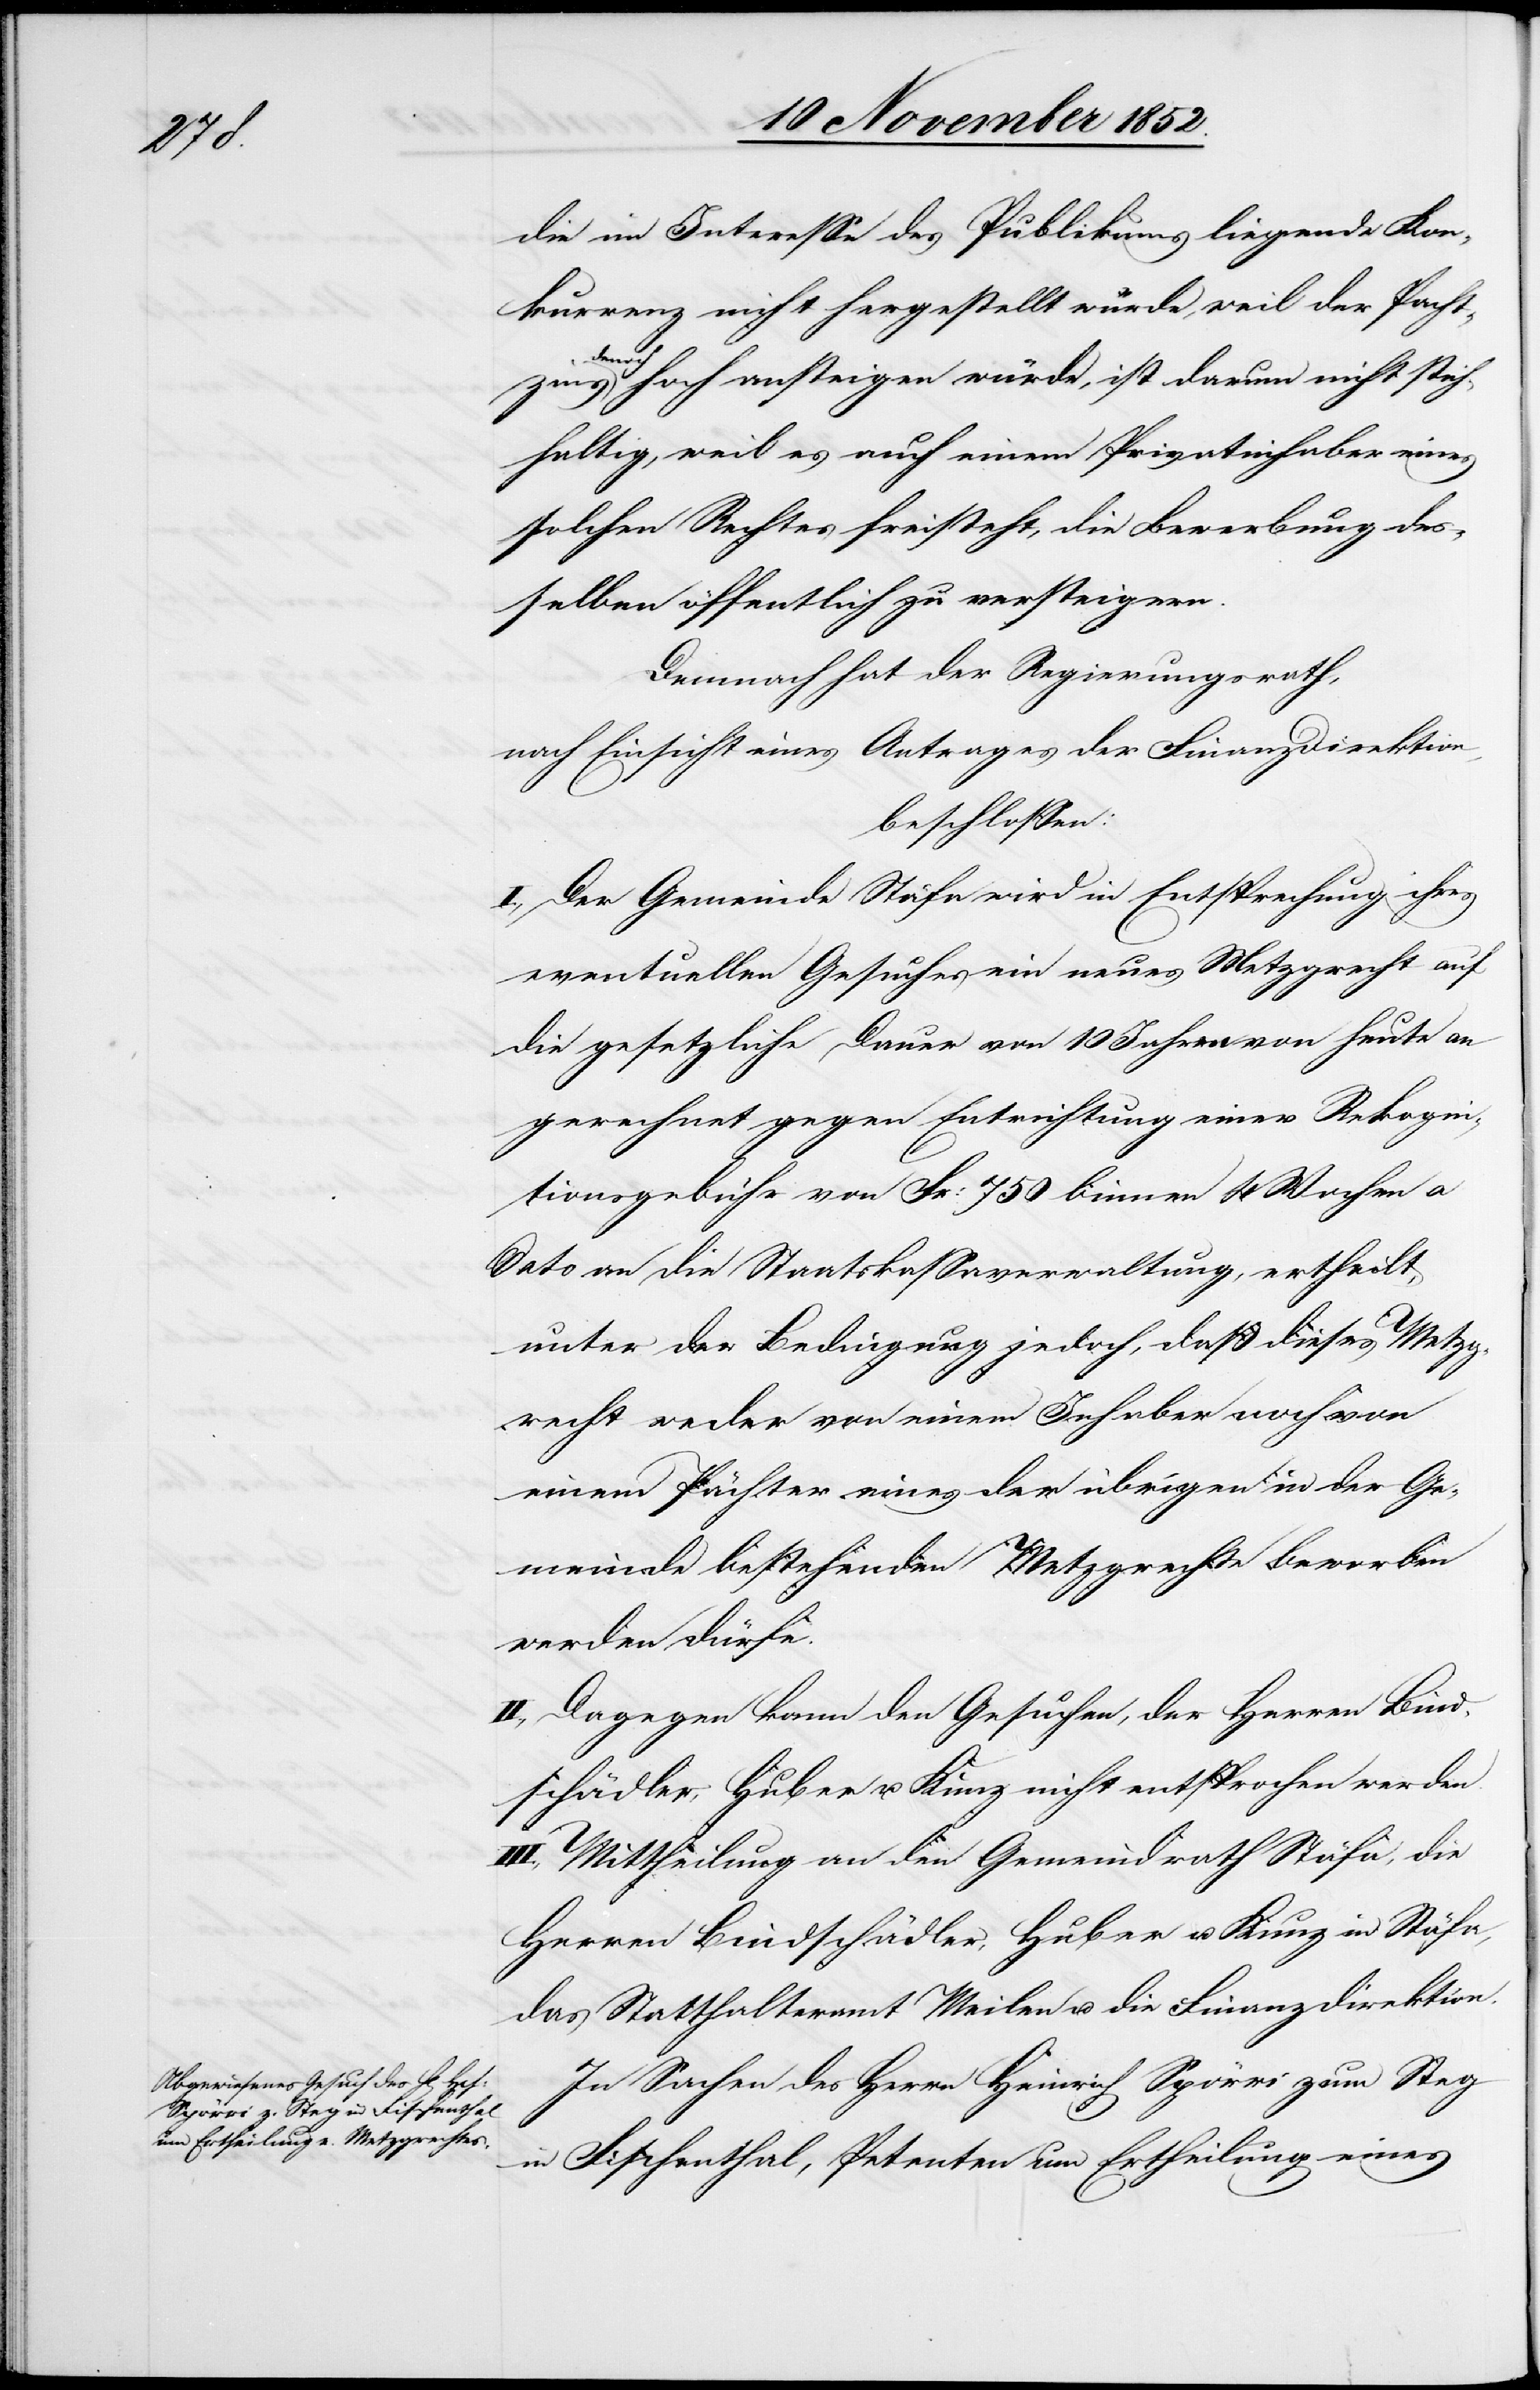
die im Interesse des Publikums liegende Kon¬
kurrenz nicht hergestellt würde, weil der Pacht¬
den[n]o¬
ch hoch ansteigen würde, ist darum nicht stich¬
haltig, weil es auch einem Privatinhaber eines
solchen Rechtes freisteht, die Bewerbung des¬
selben öffentlich zu versteigern.
Demnach hat der Regierungsrath,
nach Einsicht eines Antrages der Finanzdirektion,
beschlossen:
I., Der Gemeinde Stäfa wird in Entsprechung ihres
eventuellen Gesuches ein neues Metzgrecht auf
die gesetzliche Dauer von 10 Jahren von heute an
gerechnet gegen Entrichtung einer Rekogni¬
tionsgebühr von Fr: 750 binnen 4 Wochen a
Dato an die Staatskassaverwaltung, ertheilt,
unter der Bedingung jedoch, daß dieses Metzg¬
recht weder von einem Inhaber noch von
einem Pächter eines der übrigen in der Ge¬
meinde bestehenden Metzgrechte beworben
werden dürfe.
II., Dagegen kann den Gesuchen, der Herren Bind¬
schädler, Huber u. Kunz nicht entsprochen werden.
III., Mittheilung an den Gemeindrath Stäfa, die
Herren Bindschädler, Huber u. Kunz in Stäfa,
das Statthalteramt Meilen u. die Finanzdirektion.
In Sachen des Herrn Heinrich Spörri zum Steg
in Fischenthal, Petenten um Ertheilung eines